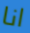
انا